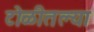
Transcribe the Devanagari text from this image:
टोळीतल्या